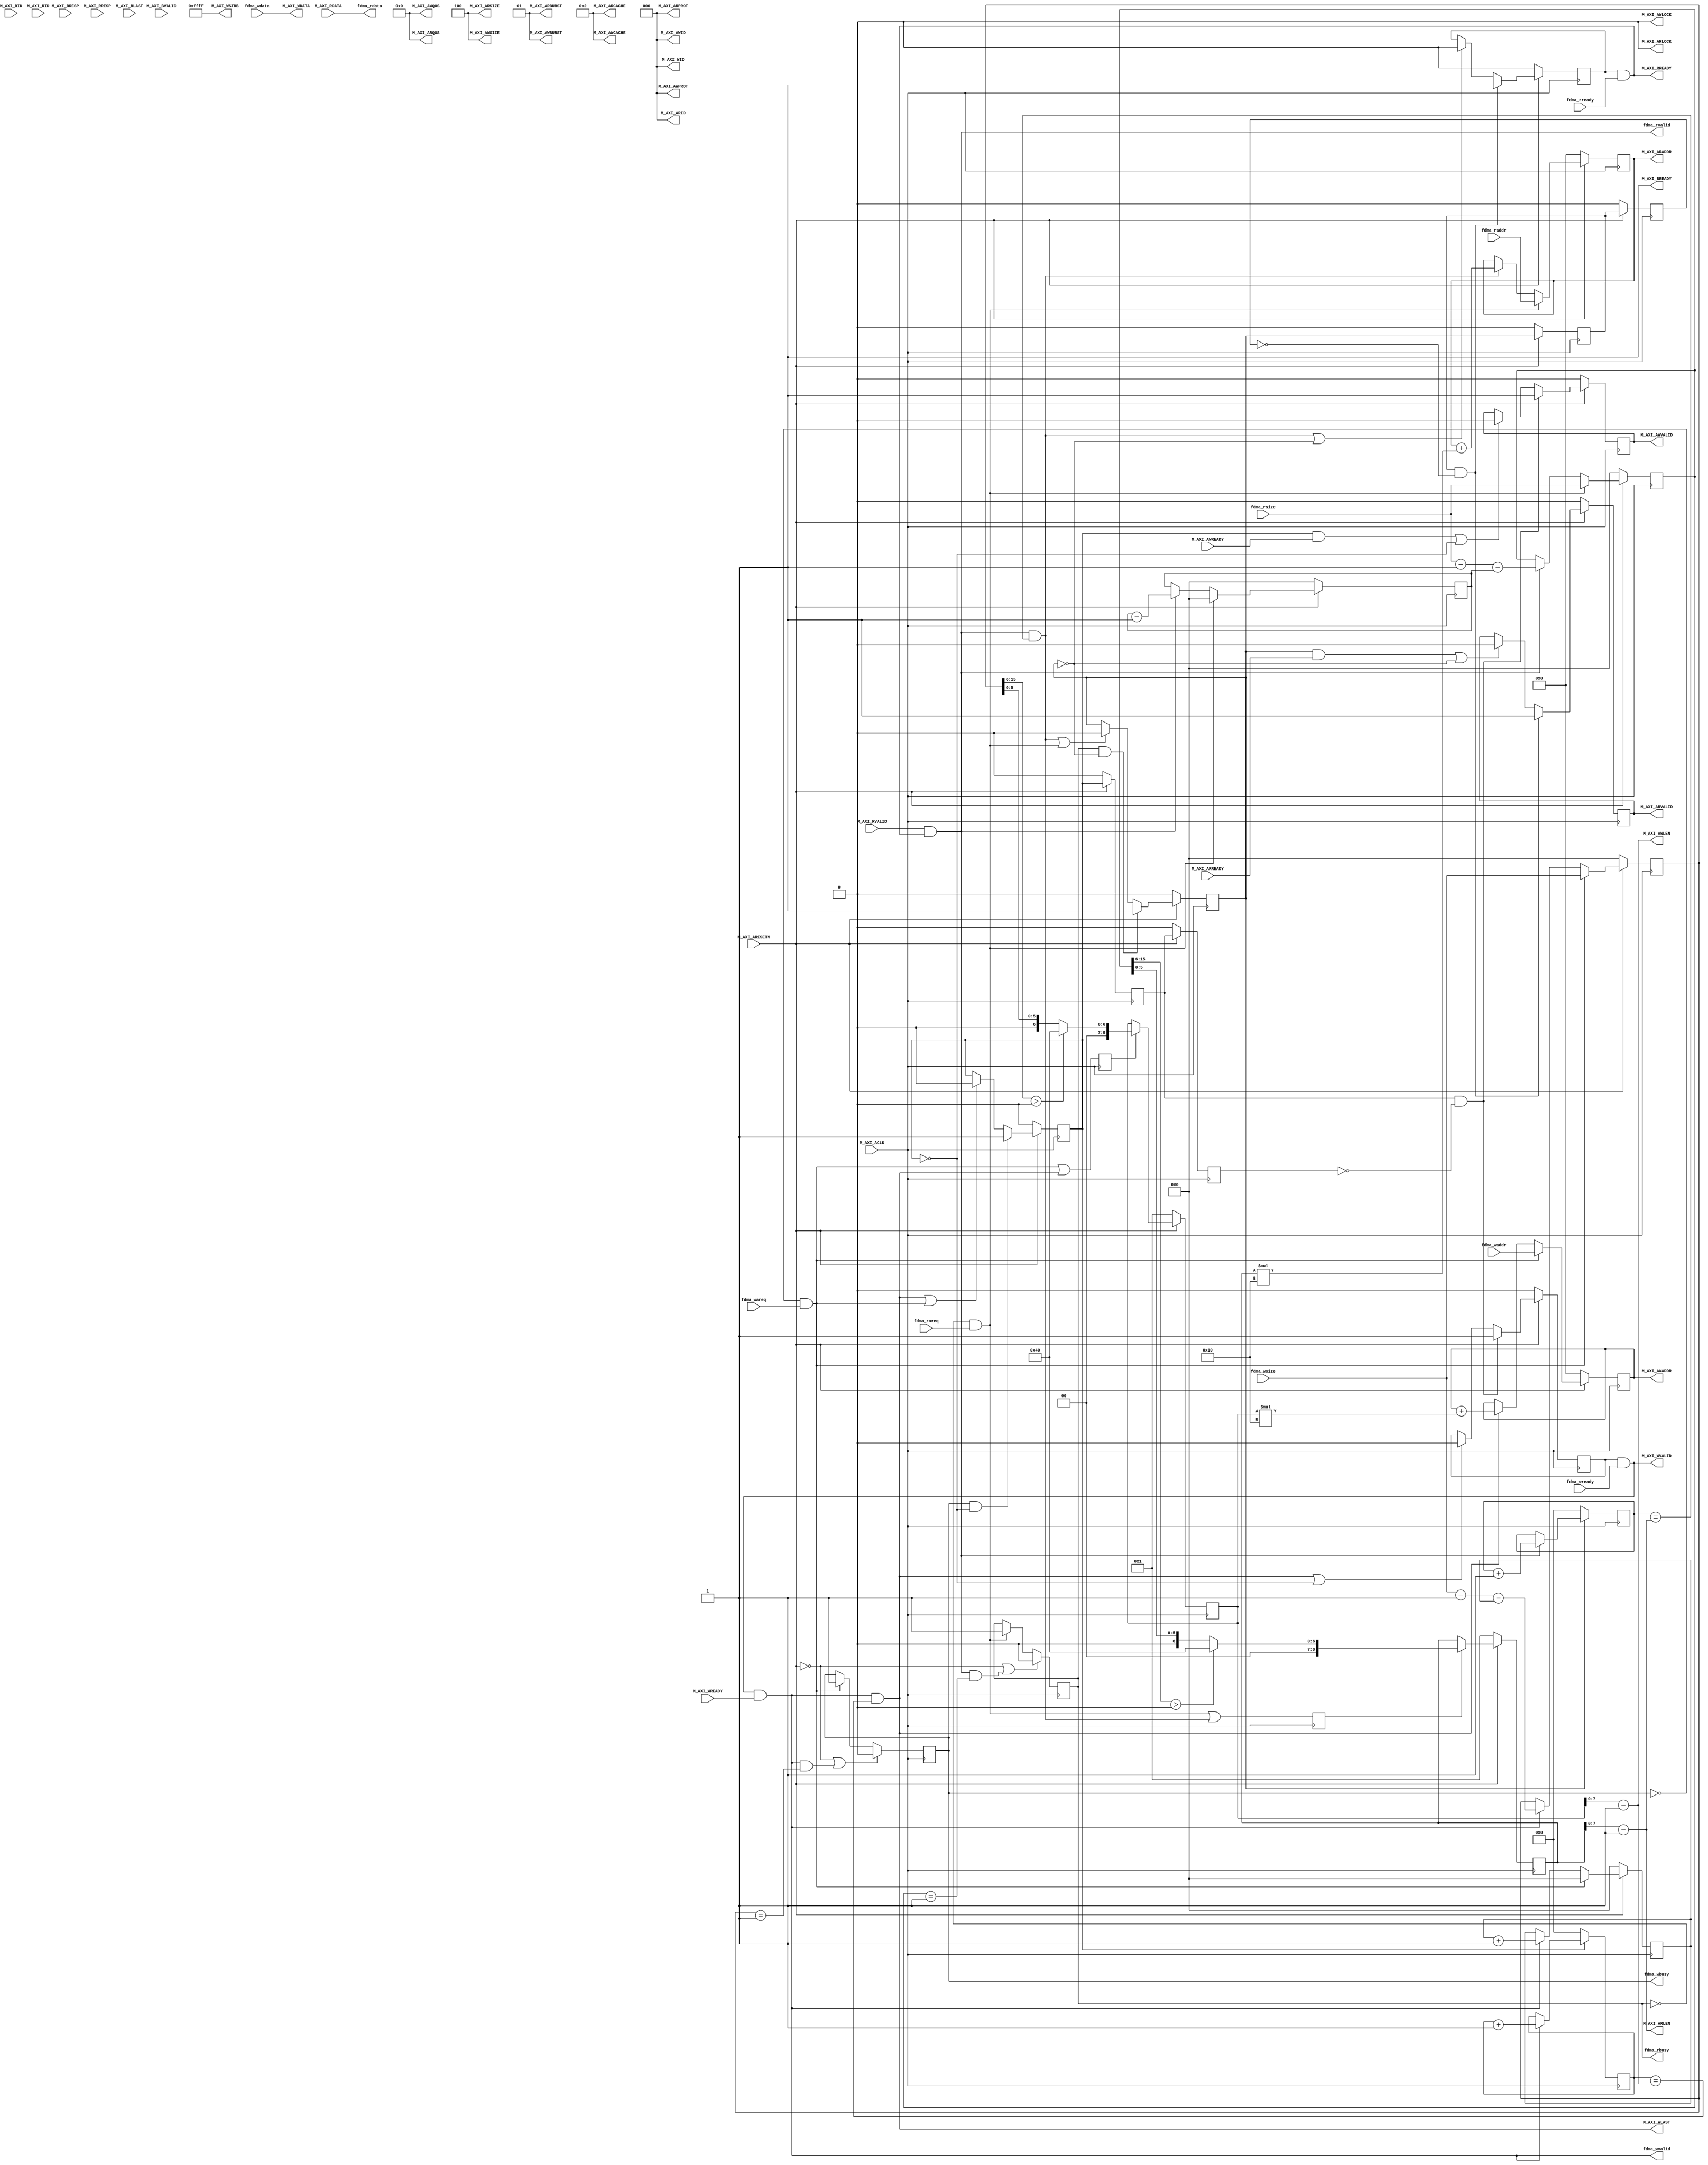
module uiFDMA#
(
parameter  integer         M_AXI_ID_WIDTH			    = 3		,
parameter  integer         M_AXI_ID			        = 0		    ,
parameter  integer         M_AXI_ADDR_WIDTH			= 32		,
parameter  integer         M_AXI_DATA_WIDTH			= 128		,	
parameter  integer		  M_AXI_MAX_BURST_LEN       = 64
)
(
input   wire [M_AXI_ADDR_WIDTH-1 : 0]      fdma_waddr          ,
input                                       fdma_wareq          ,
input   wire [15 : 0]                      fdma_wsize          ,                                     
output                                      fdma_wbusy          ,
				
input   wire [M_AXI_DATA_WIDTH-1 :0]       fdma_wdata			,
output  wire                               fdma_wvalid         ,
input	wire                               fdma_wready			,

input   wire [M_AXI_ADDR_WIDTH-1 : 0]      fdma_raddr          ,
input                                       fdma_rareq          ,
input   wire [15 : 0]                      fdma_rsize          ,                                     
output                                      fdma_rbusy          ,
				
output  wire [M_AXI_DATA_WIDTH-1 :0]       fdma_rdata			,
output  wire                               fdma_rvalid         ,
input	wire                               fdma_rready			,
		
input 	wire  								M_AXI_ACLK			,
input 	wire  								M_AXI_ARESETN		,
output 	wire [M_AXI_ID_WIDTH-1 : 0]		    M_AXI_AWID			,
output 	wire [M_AXI_ADDR_WIDTH-1 : 0] 	    M_AXI_AWADDR		,
output 	wire [7 : 0]						M_AXI_AWLEN			,
output 	wire [2 : 0] 						M_AXI_AWSIZE		,
output 	wire [1 : 0] 						M_AXI_AWBURST		,
output 	wire  								M_AXI_AWLOCK		,
output 	wire [3 : 0] 						M_AXI_AWCACHE		,
output 	wire [2 : 0] 						M_AXI_AWPROT		,  
output 	wire [3 : 0] 						M_AXI_AWQOS			,
output 	wire  								M_AXI_AWVALID		,
input	wire  								M_AXI_AWREADY		,
output  wire [M_AXI_ID_WIDTH-1 : 0] 		M_AXI_WID			,
output  wire [M_AXI_DATA_WIDTH-1 : 0] 	    M_AXI_WDATA			,
output  wire [M_AXI_DATA_WIDTH/8-1 : 0] 	M_AXI_WSTRB			,
output  wire  								M_AXI_WLAST			, 			
output  wire  								M_AXI_WVALID		,
input   wire  								M_AXI_WREADY		,
input   wire [M_AXI_ID_WIDTH-1 : 0] 		M_AXI_BID			,
input   wire [1 : 0] 						M_AXI_BRESP			,
input   wire  								M_AXI_BVALID		,
output  wire  								M_AXI_BREADY		, 
output  wire [M_AXI_ID_WIDTH-1 : 0] 		M_AXI_ARID			,	 

output  wire [M_AXI_ADDR_WIDTH-1 : 0] 	    M_AXI_ARADDR		,	 	
output  wire [7 : 0] 						M_AXI_ARLEN			,	 
output  wire [2 : 0] 						M_AXI_ARSIZE		,	 
output  wire [1 : 0] 						M_AXI_ARBURST		,	 
output  wire  								M_AXI_ARLOCK		,	 
output  wire [3 : 0] 						M_AXI_ARCACHE		,	 
output  wire [2 : 0] 						M_AXI_ARPROT		,	 
output  wire [3 : 0] 						M_AXI_ARQOS			,	 	   
output  wire  								M_AXI_ARVALID		,	 
input   wire  								M_AXI_ARREADY		,	 
input   wire [M_AXI_ID_WIDTH-1 : 0] 		M_AXI_RID			,	 
input   wire [M_AXI_DATA_WIDTH-1 : 0] 	    M_AXI_RDATA			,	 
input   wire [1 : 0] 						M_AXI_RRESP			,	 
input   wire  								M_AXI_RLAST			,	 
input   wire  								M_AXI_RVALID		,    
output  wire  								M_AXI_RREADY				
	);

function integer clogb2 (input integer bit_depth);              
begin                                                           
	 for(clogb2=0; bit_depth>0; clogb2=clogb2+1)                   
	 bit_depth = bit_depth >> 1;                                 
end                                                           
endfunction 

localparam AXI_BYTES =  M_AXI_DATA_WIDTH/8;
localparam [3:0] MAX_BURST_LEN_SIZE = clogb2(M_AXI_MAX_BURST_LEN -1);         
                                                    
//fdma axi write----------------------------------------------
reg 	[M_AXI_ADDR_WIDTH-1 : 0] 	axi_awaddr	=0;
reg  						 		axi_awvalid	= 1'b0;
wire 	[M_AXI_DATA_WIDTH-1 : 0] 	axi_wdata	;
wire								axi_wlast	;
reg  								axi_wvalid	= 1'b0;
wire                               w_next      = (M_AXI_WVALID & M_AXI_WREADY);
reg   [8 :0]                       wburst_len  = 1  ; 
reg   [8 :0]                       wburst_cnt  = 0  ; 
reg   [15:0]                       wfdma_cnt   = 0  ;
reg                                axi_wstart_locked  =0;  
wire  [15:0] axi_wburst_size   =   wburst_len * AXI_BYTES;	

assign M_AXI_WID        = 0;
assign M_AXI_AWID		= M_AXI_ID;
assign M_AXI_AWADDR		= axi_awaddr;
assign M_AXI_AWLEN		= wburst_len - 1;
assign M_AXI_AWSIZE		= clogb2(AXI_BYTES-1);
assign M_AXI_AWBURST	= 2'b01;
assign M_AXI_AWLOCK		= 1'b0;
assign M_AXI_AWCACHE	= 4'b0010;
assign M_AXI_AWPROT		= 3'h0;
assign M_AXI_AWQOS		= 4'h0;
assign M_AXI_AWVALID	= axi_awvalid;
assign M_AXI_WDATA		= axi_wdata;
assign M_AXI_WSTRB		= {(AXI_BYTES){1'b1}};
assign M_AXI_WLAST		= axi_wlast;
assign M_AXI_WVALID		= axi_wvalid & fdma_wready;
assign M_AXI_BREADY		= 1'b1;


//----------------------------------------------------------------------------	
//AXI4 FULL Write
assign  axi_wdata        = fdma_wdata;
assign  fdma_wvalid      = w_next;
reg     fdma_wstart_locked = 1'b0;
wire    fdma_wend;
wire    fdma_wstart;
assign   fdma_wbusy = fdma_wstart_locked ;

always @(posedge M_AXI_ACLK)
	if(M_AXI_ARESETN == 1'b0 || fdma_wend == 1'b1 )
		fdma_wstart_locked <= 1'b0;
	else if(fdma_wstart)
		fdma_wstart_locked <= 1'b1; 		                       
		
assign fdma_wstart = (fdma_wstart_locked == 1'b0 && fdma_wareq == 1'b1);			
//AXI4 write burst lenth busrt addr ------------------------------
always @(posedge M_AXI_ACLK)
	if(M_AXI_ARESETN == 1'b0)begin
		axi_awaddr <= 0;
	end
    else if(fdma_wstart)    
        axi_awaddr <= fdma_waddr;
    else if(axi_wlast == 1'b1)
        axi_awaddr <= axi_awaddr + axi_wburst_size ;  	              	
//AXI4 write cycle -----------------------------------------------
reg axi_wstart_locked_r1 = 1'b0, axi_wstart_locked_r2 = 1'b0;
always @(posedge M_AXI_ACLK)begin
	if(M_AXI_ARESETN == 1'b0)begin
		axi_wstart_locked_r1 <= 1'b0;
		axi_wstart_locked_r2 <= 1'b0;
	end
	else begin
		axi_wstart_locked_r1 <= axi_wstart_locked;
		axi_wstart_locked_r2 <= axi_wstart_locked_r1;
	end
end

always @(posedge M_AXI_ACLK)
	if(M_AXI_ARESETN == 1'b0)begin
		axi_wstart_locked <= 1'b0;
	end
	else if((fdma_wstart_locked == 1'b1) &&  axi_wstart_locked == 1'b0)
	    axi_wstart_locked <= 1'b1; 
	else if(axi_wlast == 1'b1 || fdma_wstart == 1'b1)
	    axi_wstart_locked <= 1'b0;
	    
//AXI4 addr valid and write addr-----------------------------------	
always @(posedge M_AXI_ACLK)
	 if(M_AXI_ARESETN == 1'b0)begin
		 axi_awvalid <= 1'b0;
     end
     else if((axi_wstart_locked_r1 == 1'b1) &&  axi_wstart_locked_r2 == 1'b0)
         axi_awvalid <= 1'b1;
     else if((axi_wstart_locked == 1'b1 && M_AXI_AWREADY == 1'b1)|| axi_wstart_locked == 1'b0)
         axi_awvalid <= 1'b0; 		
//AXI4 write data---------------------------------------------------		
always @(posedge M_AXI_ACLK)
	if(M_AXI_ARESETN == 1'b0)begin
		 axi_wvalid <= 1'b0;
    end
	else if((axi_wstart_locked_r1 == 1'b1) &&  axi_wstart_locked_r2 == 1'b0)
		axi_wvalid <= 1'b1;
	else if(axi_wlast == 1'b1 || axi_wstart_locked == 1'b0)
		axi_wvalid <= 1'b0;//	
//AXI4 write data burst len counter----------------------------------
always @(posedge M_AXI_ACLK)
	if(axi_wstart_locked == 1'b0)
		wburst_cnt <= 0;
	else if(w_next)
		wburst_cnt <= wburst_cnt + 1'b1;    
		   	
assign axi_wlast = (w_next == 1'b1) && (wburst_cnt == M_AXI_AWLEN);
//fdma write data burst len counter----------------------------------
reg wburst_len_req = 1'b0;
reg [15:0] fdma_wleft_cnt =16'd0;

always @(posedge M_AXI_ACLK)
        wburst_len_req <= fdma_wstart|axi_wlast;
         
always @(posedge M_AXI_ACLK)
	if(M_AXI_ARESETN == 1'b0)begin
		wfdma_cnt <= 0;
		fdma_wleft_cnt <= 0;
	end
	else if( fdma_wstart )begin
		wfdma_cnt <= 0;
		fdma_wleft_cnt <= fdma_wsize;
	end
	else if(w_next)begin
		wfdma_cnt <= wfdma_cnt + 1'b1;	
	    fdma_wleft_cnt <= (fdma_wsize - 1'b1) - wfdma_cnt;
    end

assign  fdma_wend = w_next && (fdma_wleft_cnt == 1 );

always @(posedge M_AXI_ACLK)begin
	if(M_AXI_ARESETN == 1'b0)begin
		wburst_len <= 1;
	end
    else if(wburst_len_req)begin
        if(fdma_wleft_cnt[15:MAX_BURST_LEN_SIZE] >0)  
			wburst_len <= M_AXI_MAX_BURST_LEN;
        else 
            wburst_len <= fdma_wleft_cnt[MAX_BURST_LEN_SIZE-1:0];
    end
    else wburst_len <= wburst_len;
end

//fdma axi read----------------------------------------------
reg 	[M_AXI_ADDR_WIDTH-1 : 0] 	axi_araddr =0	;
reg  						 		axi_arvalid	 =1'b0;
wire								axi_rlast	;
reg  								axi_rready	= 1'b0;
wire                               r_next      = (M_AXI_RVALID && M_AXI_RREADY);
reg   [8 :0]                       rburst_len  = 1  ; 
reg   [8 :0]                       rburst_cnt  = 0  ; 
reg   [15:0]                       rfdma_cnt   = 0  ;
reg                                axi_rstart_locked =0; 
wire  [15:0] axi_rburst_size   =   rburst_len * AXI_BYTES;	

assign M_AXI_ARID		= M_AXI_ID;
assign M_AXI_ARADDR		= axi_araddr;
assign M_AXI_ARLEN		= rburst_len - 1;
assign M_AXI_ARSIZE		= clogb2((AXI_BYTES)-1);
assign M_AXI_ARBURST	= 2'b01;
assign M_AXI_ARLOCK		= 1'b0;
assign M_AXI_ARCACHE	= 4'b0010;
assign M_AXI_ARPROT		= 3'h0;
assign M_AXI_ARQOS		= 4'h0;
assign M_AXI_ARVALID	= axi_arvalid;
assign M_AXI_RREADY		= axi_rready&&fdma_rready;
assign fdma_rdata       = M_AXI_RDATA;    
assign fdma_rvalid      = r_next;    

//AXI4 FULL Read----------------------------------------- 	

reg     fdma_rstart_locked = 1'b0;
wire    fdma_rend;
wire    fdma_rstart;
assign   fdma_rbusy = fdma_rstart_locked ;

always @(posedge M_AXI_ACLK)
	if(M_AXI_ARESETN == 1'b0 || fdma_rend == 1'b1)
		fdma_rstart_locked <= 1'b0;
	else if(fdma_rstart)
		fdma_rstart_locked <= 1'b1; 		                       

assign fdma_rstart = (fdma_rstart_locked == 1'b0 && fdma_rareq == 1'b1);	
//AXI4 read burst lenth busrt addr ------------------------------
always @(posedge M_AXI_ACLK)
	if(M_AXI_ARESETN == 1'b0)
		axi_araddr <= 0;
    else if(fdma_rstart == 1'b1)    
        axi_araddr <= fdma_raddr;
    else if(axi_rlast == 1'b1)
        axi_araddr <= axi_araddr + axi_rburst_size ;      									        
//AXI4 r_cycle_flag------------------------------------- 	
reg axi_rstart_locked_r1 = 1'b0, axi_rstart_locked_r2 = 1'b0;
always @(posedge M_AXI_ACLK)begin
	if(M_AXI_ARESETN == 1'b0)begin
		axi_rstart_locked_r1 <= 1'b0;
		axi_rstart_locked_r2 <= 1'b0;
	end 
	else begin
		axi_rstart_locked_r1 <= axi_rstart_locked;
		axi_rstart_locked_r2 <= axi_rstart_locked_r1;
	end
end
always @(posedge M_AXI_ACLK)
	if(M_AXI_ARESETN == 1'b0)
		axi_rstart_locked <= 1'b0;
	else if((fdma_rstart_locked == 1'b1) &&  axi_rstart_locked == 1'b0)
	    axi_rstart_locked <= 1'b1; 
	else if(axi_rlast == 1'b1 || fdma_rstart == 1'b1)
	    axi_rstart_locked <= 1'b0;
	    
//AXI4 addr valid and read addr-----------------------------------	
always @(posedge M_AXI_ACLK)
	 if(M_AXI_ARESETN == 1'b0)
	     axi_arvalid <= 1'b0;
     else if((axi_rstart_locked_r1 == 1'b1) &&  axi_rstart_locked_r2 == 1'b0)
         axi_arvalid <= 1'b1;
     else if((axi_rstart_locked == 1'b1 && M_AXI_ARREADY == 1'b1)|| axi_rstart_locked == 1'b0)
         axi_arvalid <= 1'b0; 		
//AXI4 read data---------------------------------------------------		
always @(posedge M_AXI_ACLK)
	if(M_AXI_ARESETN == 1'b0)
	     axi_rready <= 1'b0;
	else if((axi_rstart_locked_r1 == 1'b1) &&  axi_rstart_locked_r2 == 1'b0)
		axi_rready <= 1'b1;
	else if(axi_rlast == 1'b1 || axi_rstart_locked == 1'b0)
		axi_rready <= 1'b0;//	
		
//AXI4 read data burst len counter----------------------------------
always @(posedge M_AXI_ACLK)
	if(axi_rstart_locked == 1'b0)
		rburst_cnt <= 0;
	else if(r_next)
		rburst_cnt <= rburst_cnt + 1'b1;       		
assign axi_rlast = (r_next == 1'b1) && (rburst_cnt == M_AXI_ARLEN);
//fdma read data burst len counter----------------------------------
reg rburst_len_req = 1'b0;
reg [15:0] fdma_rleft_cnt =16'd0;
  
always @(posedge M_AXI_ACLK)
	    rburst_len_req <= fdma_rstart | axi_rlast;  
        
always @(posedge M_AXI_ACLK)
	if(M_AXI_ARESETN == 1'b0)begin
		rfdma_cnt <= 0;
		fdma_rleft_cnt <=0;
	end
	else if(fdma_rstart )begin
		rfdma_cnt <= 0;
	    fdma_rleft_cnt <= fdma_rsize;
	end
	else if(r_next)begin
		rfdma_cnt <= rfdma_cnt + 1'b1;	
		fdma_rleft_cnt <= (fdma_rsize - 1'b1) - rfdma_cnt;
    end

assign  fdma_rend = r_next && (fdma_rleft_cnt == 1 );
//axi auto burst len caculate-----------------------------------------

always @(posedge M_AXI_ACLK)begin
	 if(M_AXI_ARESETN == 1'b0)begin
		rburst_len <= 1;
	 end
     else if(rburst_len_req)begin
        if(fdma_rleft_cnt[15:MAX_BURST_LEN_SIZE] >0)  
            rburst_len <= M_AXI_MAX_BURST_LEN;
        else 
            rburst_len <= fdma_rleft_cnt[MAX_BURST_LEN_SIZE-1:0];
     end
     else rburst_len <= rburst_len;
end
		

//dbg_wave dbg_wave_inst
//(
//    .trig_out_0(),
//    .data_in_0({rburst_len[7:0],rburst_cnt[8:0],fdma_rleft_cnt[15:0],fdma_rareq,fdma_rstart,fdma_rstart_locked,axi_rstart_locked,axi_rlast,rburst_len_req,M_AXI_ARVALID,M_AXI_ARREADY,M_AXI_RVALID,M_AXI_RREADY,M_AXI_RLAST,wburst_len[7:0],wburst_cnt[8:0],fdma_wleft_cnt[15:0],fdma_wareq,fdma_wstart,fdma_wstart_locked,axi_wstart_locked,axi_wlast,wburst_len_req,M_AXI_AWVALID,M_AXI_AWREADY,M_AXI_WVALID,M_AXI_WREADY,M_AXI_WLAST,M_AXI_ARESETN}),
//    .ref_clk_0(M_AXI_ACLK)
//);		
		
		              		   
endmodule